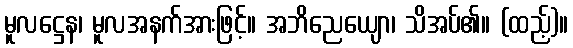
မူလဋ္ဌေန၊ မူလအနက်အားဖြင့်။ အဘိညေယျော၊ သိအပ်၏။ (ထည့်)။